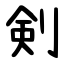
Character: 剣